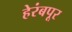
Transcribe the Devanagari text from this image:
हेरंबपूर